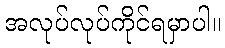
အလုပ်လုပ်ကိုင်ရမှာပါ။